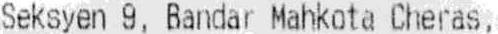
SEKSYEN 9, BANDAR MAHKOTA CHERAS,